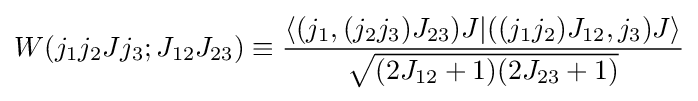
W(j_{1}j_{2}Jj_{3};J_{12}J_{23})\equiv {\frac {\langle (j_{1},(j_{2}j_{3})J_{23})J|((j_{1}j_{2})J_{12},j_{3})J\rangle }{\sqrt {(2J_{12}+1)(2J_{23}+1)}}}